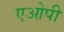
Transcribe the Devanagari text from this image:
एओपी